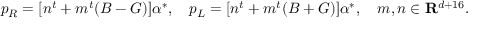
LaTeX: p _ { R } = [ n ^ { t } + m ^ { t } ( B - G ) ] { \alpha } ^ { * } , \ \ \ p _ { L } = [ n ^ { t } + m ^ { t } ( B + G ) ] { \alpha } ^ { * } , \ \ \ m , n \in { \bf R } ^ { d + 1 6 } .